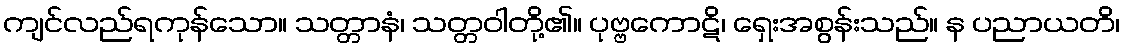
ကျင်လည်ရကုန်သော။ သတ္တာနံ၊ သတ္တဝါတို့၏။ ပုဗ္ဗကောဋိ၊ ရှေးအစွန်းသည်။ န ပညာယတိ၊